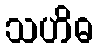
သဟိဓ